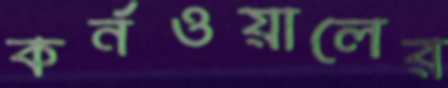
কর্নওয়ালের